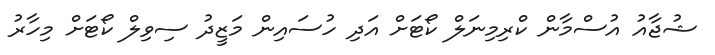
ޝުޖާއު އުސްމާން ކްރިމިނަލް ކޯޓަށް އަދި ހުސައިން މަޒީދު ސިވިލް ކޯޓަށް މިހާރު